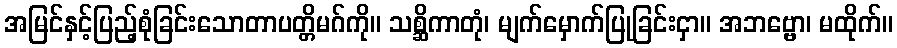
အမြင်နှင့်ပြည့်စုံခြင်းသောတာပတ္တိမဂ်ကို။ သစ္ဆိကာတုံ၊ မျက်မှောက်ပြုခြင်းငှာ။ အဘဗ္ဗော၊ မထိုက်။